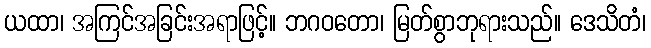
ယထာ၊ အကြင်အခြင်းအရာဖြင့်။ ဘဂဝတော၊ မြတ်စွာဘုရားသည်။ ဒေသိတံ၊